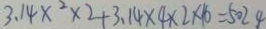
3 . 1 4 x ^ { 2 } \times 2 + 3 . 1 4 \times 4 \times 2 \times 1 6 = 5 0 2 4